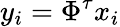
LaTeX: y_{i}=\Phi^{\tau}x_{i}